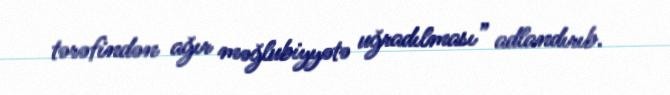
tərəfindən ağır məğlubiyyətə uğradılması” adlandırıb.